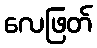
လေဖြတ်